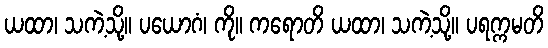
ယထာ၊ သကဲ့သို့။ ပယောဂံ၊ ကို။ ကရောတိ ယထာ၊ သကဲ့သို့။ ပရက္ကမတိ